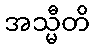
အသ္မီတိ